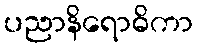
ပညာနိရောဓိကာ